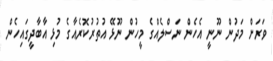
ވަރަށް މަދުން ނޫނީ އެހެން ނަސްލެއްގެ މީހުން ނޫޅޭ އުތުރުކޮރެއާގެ މުޅި އާބާދީގައިހެން